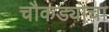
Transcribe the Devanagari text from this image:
चौकड्याचा